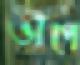
ভাঁপে